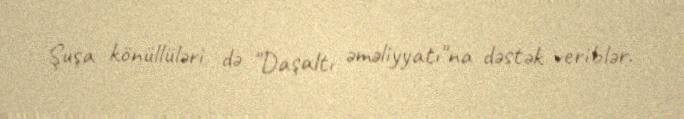
Şuşa könüllüləri də "Daşaltı əməliyyatı"na dəstək veriblər.